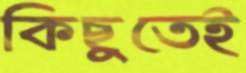
কিছুতেই